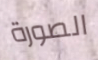
الصورة